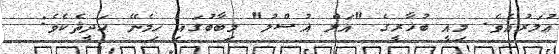
ޢުމަރުއެވެ. މިއީ ބުޚާރީގެ "އަލް ޣުސްލު" މިބާބުގައި ހިމެނޭ ޙަދީޘެކެވެ: